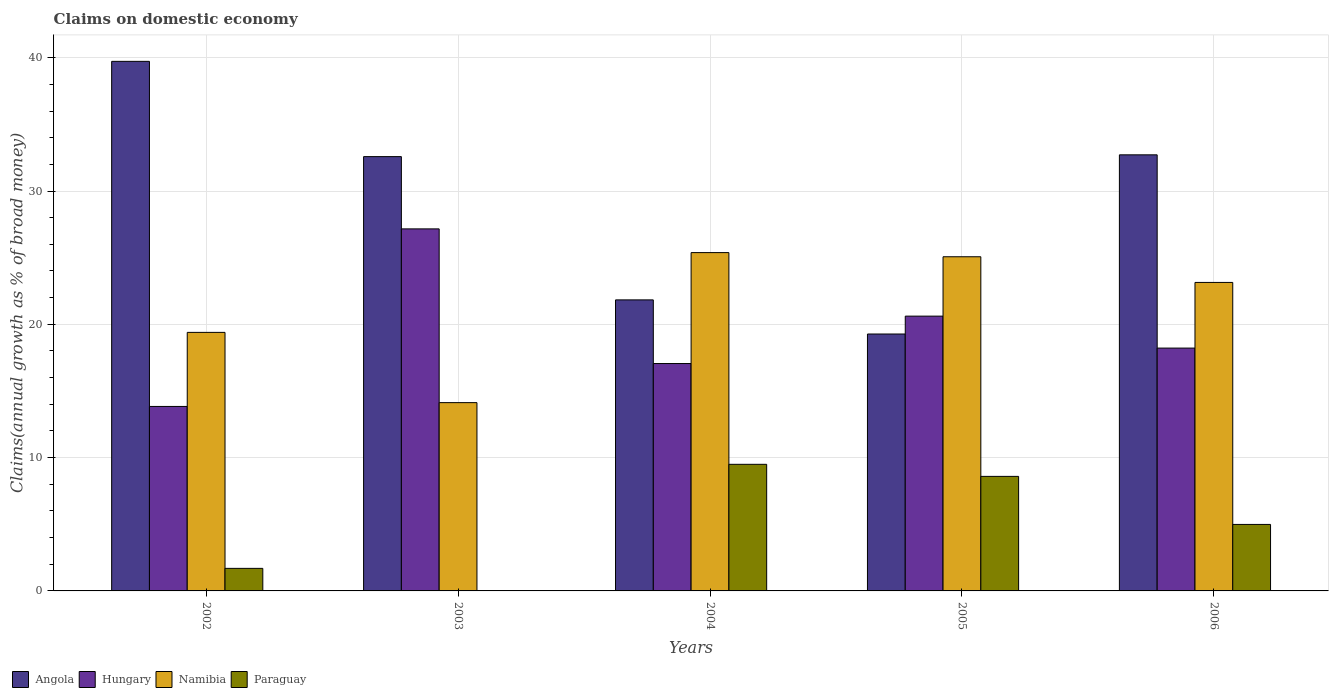
| Years | Angola | Hungary | Namibia | Paraguay |
 | --- | --- | --- | --- | --- |
 | 2002 | 39.7 | 13.8 | 19.4 | 1.69 |
 | 2003 | 32.6 | 27.2 | 14.1 | -23.5 |
 | 2004 | 21.8 | 17.1 | 25.4 | 9.5 |
 | 2005 | 19.3 | 20.6 | 25.1 | 8.59 |
 | 2006 | 32.7 | 18.2 | 23.1 | 4.99 |